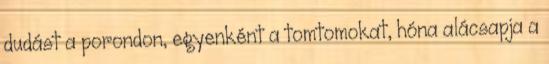
dudást a porondon, egyenként a tomtomokat, hóna alácsapja a